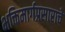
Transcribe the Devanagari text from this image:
भक्तिमार्गप्रसाराचे